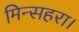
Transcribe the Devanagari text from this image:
मिन्सहरा।